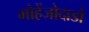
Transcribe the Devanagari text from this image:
मोहेंजोदाडो